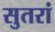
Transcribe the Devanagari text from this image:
सुतरां